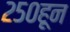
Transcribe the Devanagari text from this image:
२५०हून